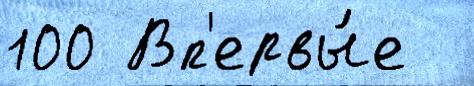
100 Вп'ервы́е